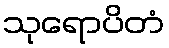
သုရောပိတံ